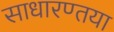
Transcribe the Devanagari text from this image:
साधारण्तया